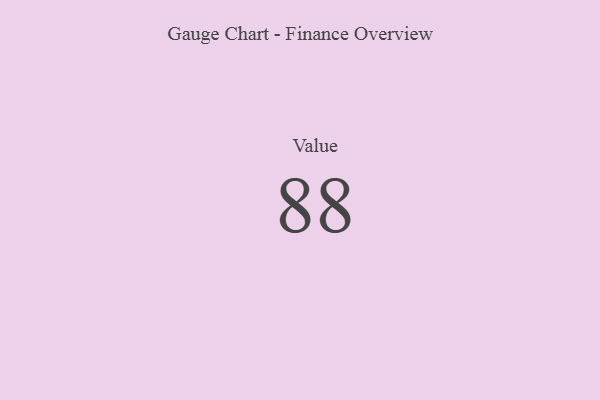
{"axis": {"x": "Metric", "y": "Value"}, "legend": [""], "data": [{"x": "Value", "y": 88, "type": ""}]}